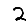
Digit: 2